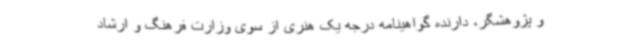
و پژوهشگر، دارنده گواهینامه درجه یک هنری از سوی وزارت فرهنگ و ارشاد